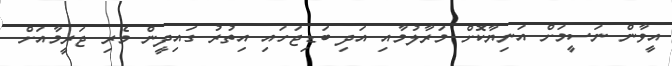
އީވާން ނަސީމަށް އަނިޔާކޮށް މަރާލުމާއި އަދި ބަޑިޖަހައި އިތުރު ގައިދީން މެރި ޖަރީމާއަށް